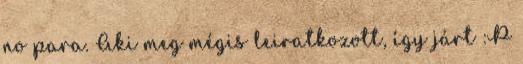
no para. Aki meg mégis leiratkozott, így járt :P